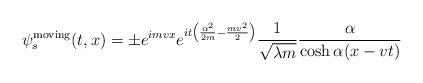
LaTeX: \begin{align*}\psi_s^{\rm moving} (t,x)= \pm e^{imvx} e^{it\left(\frac{\alpha^2}{2m} -\frac{mv^2}{2}\right)} \frac{1}{\sqrt{\lambda m}} \frac{\alpha}{\cosh \alpha(x-vt)}\end{align*}